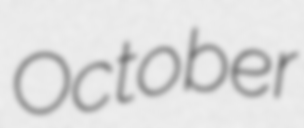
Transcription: October